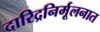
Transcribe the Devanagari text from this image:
दारिद्रनिर्मूलनात